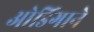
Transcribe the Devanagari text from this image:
ओडिंगाने